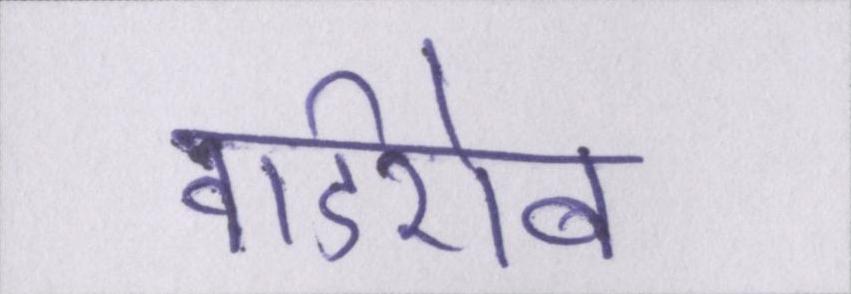
वार्डरोब